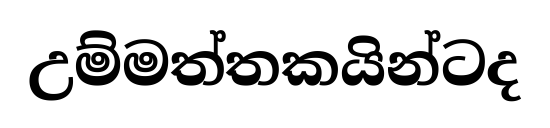
උම්මත්තකයින්ටද